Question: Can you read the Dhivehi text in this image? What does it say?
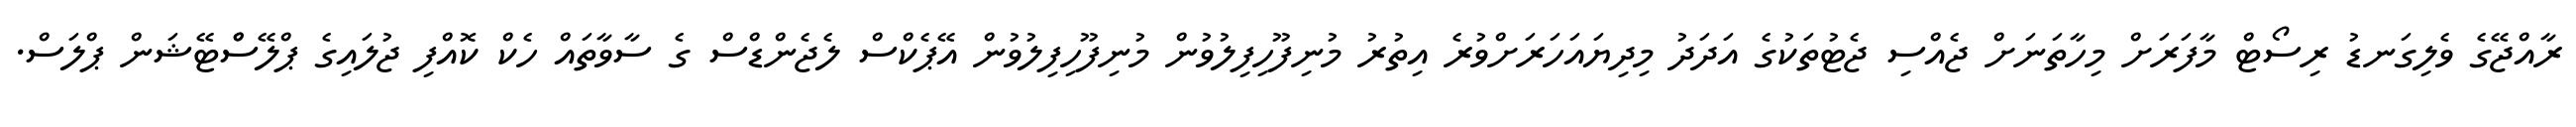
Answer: ރާއްޖޭގެ ވެލިގަނޑު ރިސޯޓް މާފަރަށް މިހާތަނަށް ޖެއްސި ޖެޓުތަކުގެ އަދަދު މިދިޔައަހަރަށްވުރެ އިތުރު މުނިފޫހިފިލުވުން މުނިފޫހިފިލުވުން އޭޕެކްސް ލެޖެންޑްސް ގެ ސާވާތައް ހެކް ކޮއްފި ޖުލައިގެ ޕްލޭސްްޓޭޝަން ޕްލަސް.